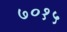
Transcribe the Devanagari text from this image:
७०१५